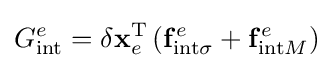
G_{\mathrm {int} }^{e}=\delta \mathbf {x} _{e}^{\mathrm {T} }\left(\mathbf {f} _{\mathrm {int} \sigma }^{e}+\mathbf {f} _{\mathrm {int} M}^{e}\right)